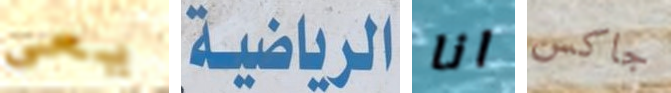
يعي الرياضية انا جاكس